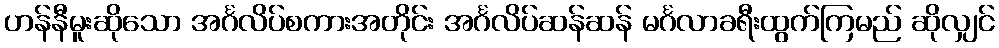
ဟန်နီမူးဆိုသော အင်္ဂလိပ်စကားအတိုင်း အင်္ဂလိပ်ဆန်ဆန် မင်္ဂလာခရီးထွက်ကြမည် ဆိုလျှင်